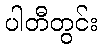
ပါတီတွင်း